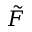
\tilde { F }